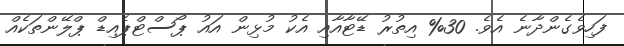
ފަހިވެގެންދާނެ އެވެ. 30% އިތުރު ޑޭޓާއާއި އެކު މުޅިން އައު ޕޯސްޓްޕެއިޑް ޕްލޭންތަކެއް